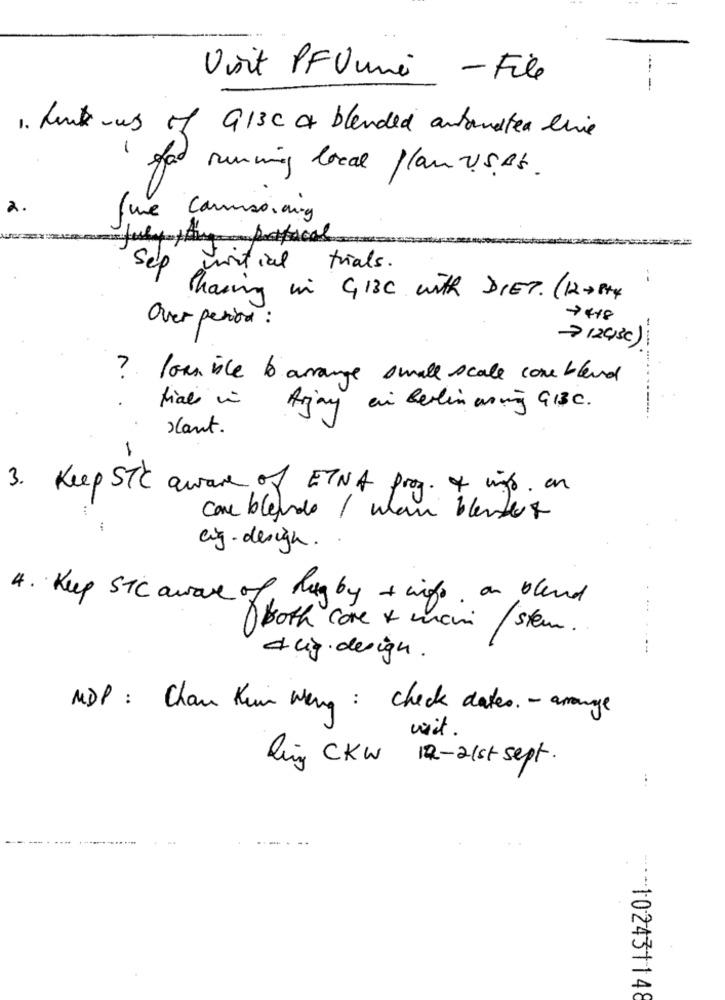
Voit PFUune -File
---
913C & blended artandtea live
1. Link mus of
gat running local planvises.
2
the commissioning
auchything protocal
o initial
trials .
--
Phasing in GI3C with DIET. (12+PHY
7418
Over period :
-> 12(30)
----
7. lomnice to arrange small scale come blend
· fial in Arjay an Berlinaring GBBC.
sant.
-
3. Keep STC aware of ETNA prog. of ings. an
con bleudo / when blender &
cig .design. .
4. Keep STC aware of Rugby + info, on bland
both core + main / stem.
dag.design .
MDP : Chan Kum weng : check dates. - arrange
wait .
ling CKW 12-21st sept .
--- 102431148